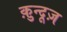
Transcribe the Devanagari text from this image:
क़ुन्दूज़